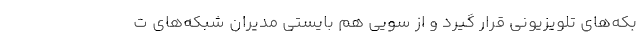
بکه‌های تلویزیونی قرار گیرد و از سویی هم بایستی مدیران شبکه‌های ت